Report of the Indian Hemp Drugs Commission, 1894-1895 - Volume V
Year: 1894
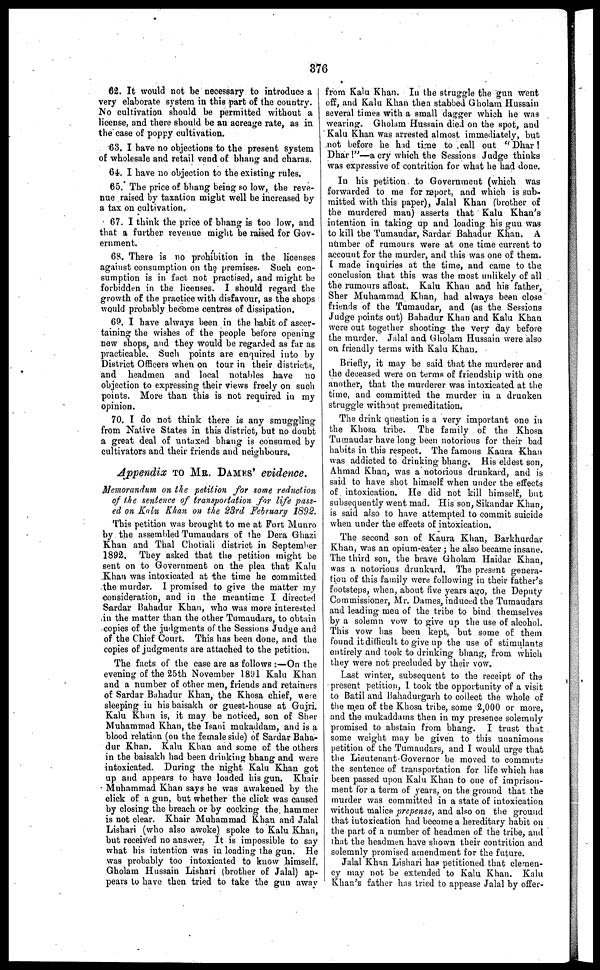
376
62. It would not be necessary to introduce a
very elaborate system in this part of the country.
Mo cultivation should be permitted without a
license, and there should be an acreage rate, as in
the case of poppy cultivation.
63. I have no objections to the present system
of wholesale and retail vend of bhang and charas.
64. I have no objection to the existing rules.
65. The price of bhang being so low, the reve-
nue raised by taxation might well be increased by
a tax on cultivation.
67. I think the price of bhang is too low, and
that a further revenue might be raised for Gov-
ernment.
68. There is no prohibition in the licenses
against consumption on the premises. Such con-
sumption is in fact not practised, and might be
forbidden in the licenses. I should regard the
growth of the practice with disfavour, as the shops
would probably become centres of dissipation.
69. I have always been in the habit of ascer-
taining the wishes of the people before opening
new shops, and they would be regarded as far as
practicable. Such points are enquired into by
District Officers when on tour in their districts,
and headmen and local notables have no
objection to expressing their views freely on such
points. More than this is not required in my
opinion.
70. I do not think there is any smuggling
from Native States in this district, but no doubt
a great deal of untaxed bhang is consumed by
cultivators and their friends and neighbours.
Appendix TO MR. DAMES' evidence.
Memorandum on the petition for some reduction
of the sentence of transportation for life pass-
ed on Kalu Khan on the 23rd February 1892.
This petition was brought to me at Fort Munro
by the assembled Tumaudars of the Dera Ghazi
Khan and Thal Chotiali district in September
1892. They asked that the petition might be
6ent on to Government on the plea that Kalu
Khan was intoxicated at the time he committed
the murder. I promised to give the matter my
consideration, and in the meantime I directed
Sardar Bahadur Khan, who was more interested
in the matter than the other Tumaudars, to obtain
copies of the judgments of the Sessions Judge and
of the Chief Court. This has been done, and the
copies of judgments are attached to the petition.
The facts of the case are as follows :—On the
evening of the 25th November 1891 Kalu Khan
and a number of other men, friends and retainers
of Sardar Bahadur Khan, the Khosa chief, were
sleeping in his baisakh or guest-house at Gujri.
Kalu Khan is, it may be noticed, son of Sher
Muhammad Khan, the Isani mukaddam, and is a
blood relation (on the female side) of Sardar Baha-
dur Khan. Kalu Khan and some of the others
in the baisakh had been drinking bhang and were
intoxicated. During the night Kalu Khan got
up and appears to have loaded his gun. Khair
Muhammad Khan says be was awakened by the
click of a gun, but whether the click was caused
by closing the breach or by cocking the hammer
is not clear. Khair Muhammad Khan and Jalal
Lishari (who also awoke) spoke to Kalu Khan,
but received no answer. It is impossible to say
what his intention was in loading the gun. He
was probably too intoxicated to know himself.
Gholam Hussain Lishari (brother of Jalal) ap-
pears to have then tried to take the gun away
from Kalu Khan. In the struggle the gun went
off, and Kalu Khan then stabbed Gholam Hussain
several times with a small dagger which he was
wearing. Gholam Hussain died on the spot, and
Kalu Khan was arrested almost immediately, but
not before he had time to call out "Dhar !
Dhar !"—a cry which the Sessions Judge thinks
was expressive of contrition for what he had done.
In his petition to Government (which was
forwarded to me for report, and which is sub-
mitted with this paper), Jalal Khan (brother of
the murdered man) asserts that Kalu Khan's
intention in taking up and loading his gun was
to kill the Tumaudar, Sardar Bahadur Khan. A
number of rumours were at one time current to
account for the murder, and this was one of them.
I made inquiries at the time, and came to the
conclusion that this was the most unlikely of all
the rumours afloat. Kalu Khan and his father,
Sher Muhammad Khan, had always been close
friends of the Tumaudar, and (as the Sessions
Judge points out) Bahadur Khan and Kalu Khan
were out together shooting the very day before
the murder. Jalal and Gholam Hussain were also
on friendly terms with Kalu Khan.
Briefly, it may be said that the murderer and
the deceased were on terms of friendship with one
another, that the murderer was intoxicated at the
time, and committed the murder in a drunken
struggle without premeditation.
The drink question is a very important one in
the Khosa tribe. The family of the Khosa
Tumaudar have long been notorious for their bad
habits in this respect. The famous Kaura Khan
was addicted to drinking bhang. His eldest son,
Ahmad Khan, was a notorious drunkard, and is
said to have shot himself when under the effects
of intoxication. He did not kill himself, but
subsequently went mad. His son, Sikandar Khan,
is said also to have attempted to commit suicide
when under the effects of intoxication.
The second son of Kaura Khan, Barkhurdar
Khan, was an opium-eater ; he also became insane.
The third son, the brave Gholam Haidar Khan,
was a notorious drunkard. The present genera-
tion of this family were following in their father's
footsteps, when, about five years ago, the Deputy
Commissioner, Mr. Dames, induced the Tumaudars
and leading men of the tribe to bind themselves
by a solemn vow to give up the use of alcohol.
This vow has been kept, but some of them
found it difficult to give up the use of stimulants
entirely and took to drinking bhang, from which
they were not precluded by their vow.
Last winter, subsequent to the receipt of the
present petition, I took the opportunity of a visit
to Batil and Bahadurgarh to collect the whole of
the men of the Khosa tribe, some 2,000 or more,
and the mukaddams then in my presence solemnly
promised to abstain from bhang. I trust that
some weight may be given to this unanimous
petition of the Tumaudars, and I would urge that
the Lieutenant Governor be moved to commute
the sentence of transportation for life which has
been passed upon Kalu Khan to one of imprison-
ment for a term of years, on the ground that the
murder was committed in a state of intoxication
without malice prepense, and also on the ground
that intoxication had become a hereditary habit on
the part of a number of headmen of the tribe, and
that the headmen have shown their contrition and
solemnly promised amendment for the future.
Jalal Khan Lishari has petitioned that clemen-
cy may not be extended to Kalu Khan. Kalu
Khan's father has tried to appease Jalal by offer-